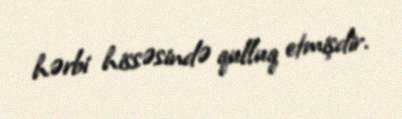
hərbi hissəsində qulluq etmişdir.